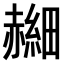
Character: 𫎰